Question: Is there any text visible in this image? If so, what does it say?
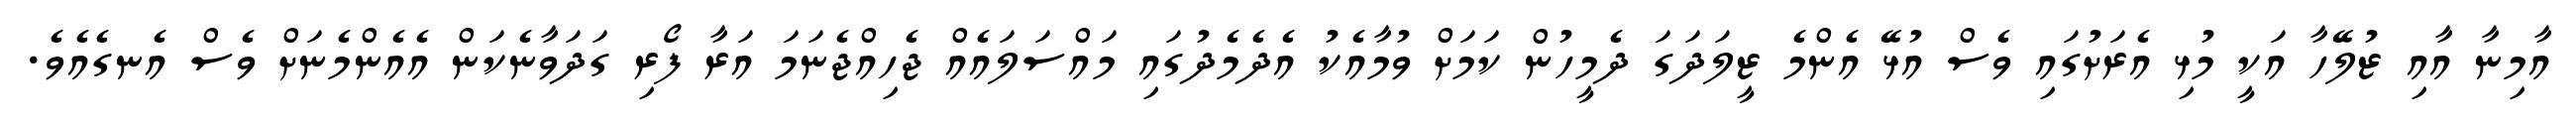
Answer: އާމިނާ އާއި ޒުލޭހާ އަކީ މުޅި އެރަށުގައި ވެސް އުޅޭ އެންމެ ޒީލަދަގަ ދެމީހުން ކަމަށް ވުމާއެކު އެދެމެދުގައި މައްސަލައެއް ޖެހިއްޖެނަމަ އަރާ ފޯރި ގަދަވާނެކަން އެއެންމެނަށް ވެސް އެނގެއެވެ.